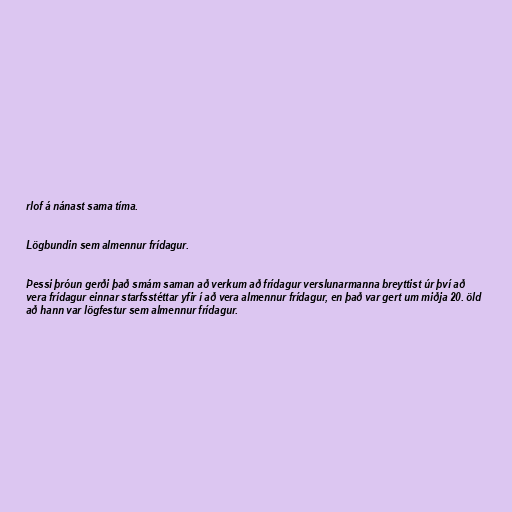
rlof á nánast sama tíma.

Lögbundin sem almennur frídagur.

Þessi þróun gerði það smám saman að verkum að frídagur verslunarmanna breyttist úr því að
vera frídagur einnar starfsstéttar yfir í að vera almennur frídagur, en það var gert um miðja 20. öld
að hann var lögfestur sem almennur frídagur.